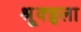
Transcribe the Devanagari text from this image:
श्रूृृक्हृला